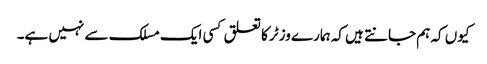
کیوں کہ ہم جانتے ہیں کہ ہمارے وزٹر کا تعلق کسی ایک مسلک سے نہیں ہے۔